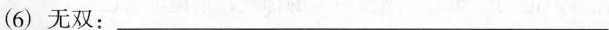
(6)无双：____